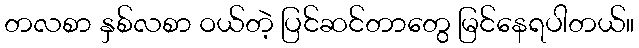
တလစာ နှစ်လစာ ဝယ်တဲ့ ပြင်ဆင်တာတွေ မြင်နေရပါတယ်။